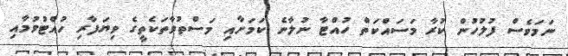
ނަމަވެސް ފުލުހުން ކުރާ މަސައްކަތް ހުއްޓާ ނުލާނެ ކަމަށާއި މަސްތުވާތަކެތީގެ ވިޔަފާރި ހުއްޓުވުމާއި